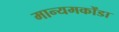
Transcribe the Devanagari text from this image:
मान्यमकोंडा